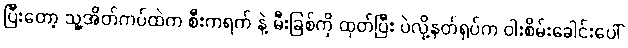
ပြီးတော့ သူ့အိတ်ကပ်ထဲက စီးကရက် နဲ့ မီးခြစ်ကို ထုတ်ပြီး ပဲလို့နတ်ရုပ်က ဝါးစိမ်းခေါင်းပေါ်